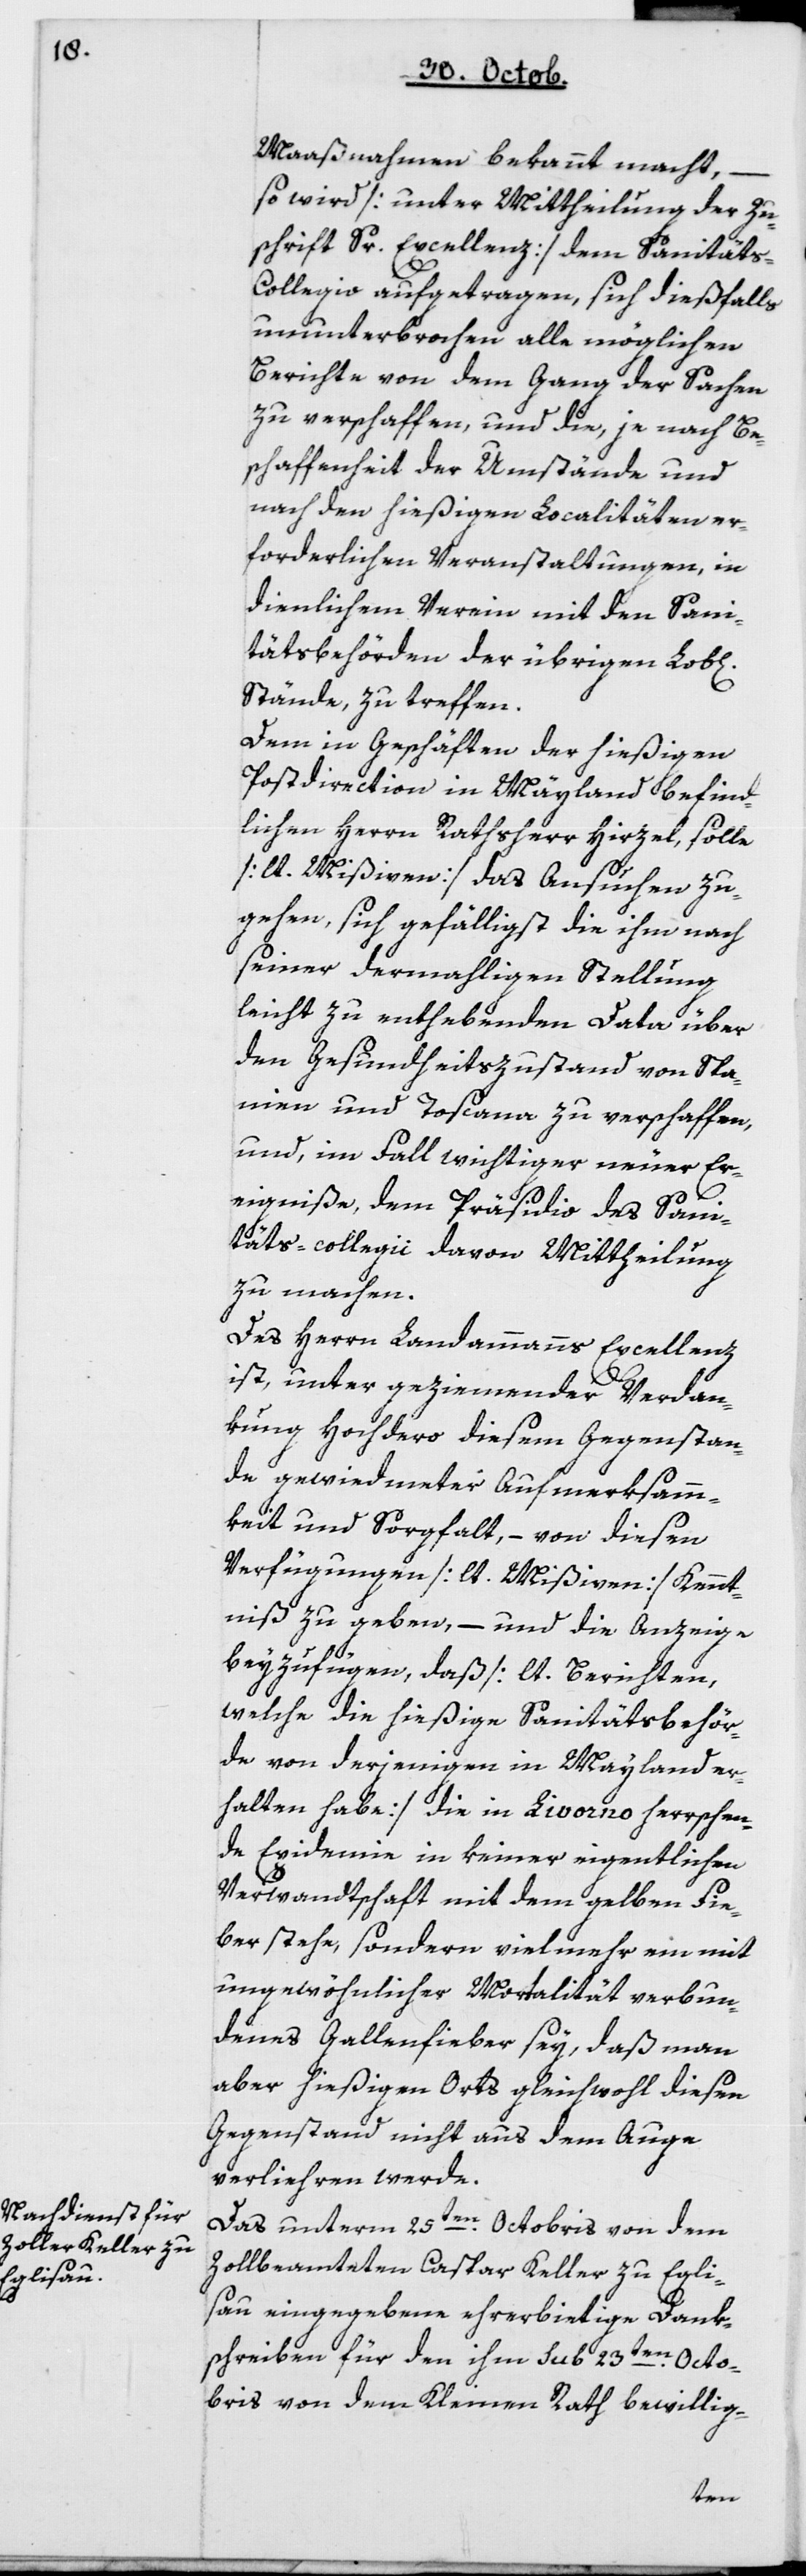
l[ichen]

Maaßnahmen bekannt macht,
so wird [unter Mittheilung der Zu¬
schrift Sr Excellenz] dem Sanität¬
s-Collegio aufgetragen, sich dießfalls
ununterbrochen alle möglichen
Berichte von dem Gang der Sachen
zu verschaffen, und die, je nach Be¬
schaffenheit der Umstände und
nach den hießigen Localitäten er¬
forderlichen Veranstaltungen, in
dienlichem Verein mit den Sani¬
tätsbehörden der übrigen Lob¬
Stände, zu treffen.
Dem in Geschäften der hießigen
Postdirection in Mailand befind¬
lichen Herrn Rathsherr Hirzel, solle
[lt. Mißiven] das Ansuchen zu¬
gehen, sich gefälligst die ihm nach
seiner dermahligen Stellung
leicht zu enthebenden Data über
den Gesundheitszustand von Spa¬
nien und Toscana zu verschaffen,
und, im Fall wichtiger neuer Er¬
eigniße, dem Präsidio des Sani¬
täts-collegii davon Mittheilung
zu machen.
Des Herrn Landammanns Excellenz
ist, unter geziemender Verdan¬
kung Hochdero diesem Gegenstan¬
de gewiedmeter Aufmerksam¬
keit und Sorgfalt, – von diesen
Verfügungen [lt. Mißiven] Kennt¬
niß zu geben, – und die Anzeige
beyzufügen, daß [lt. Berichten,
welche die hießige Sanitätsbehör¬
de von derjenigen in Mailand er¬
halten habe] die in Livorno herrschen¬
de Epidemie in keiner eigentlichen
Verwandtschaft mit dem gelben Fie¬
ber stehe, sondern vielmehr ein mit
ungewöhnlicher Mortalität verbun¬
denes Gallenfieber sey, daß man
aber hießigen Orts gleichwohl diesen
Gegenstand nicht aus dem Auge
verlieren werde.
Das unterm 25ten Octobris von dem
Zollbeamteten Caspar Keller zu Egli¬
sau eingegebene ehrerbietige Dank¬
schreiben für den ihm sub 23ten Octo¬
bris von dem Kleinen Rath bewillig-